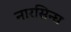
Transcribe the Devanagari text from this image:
नारसिन्घ